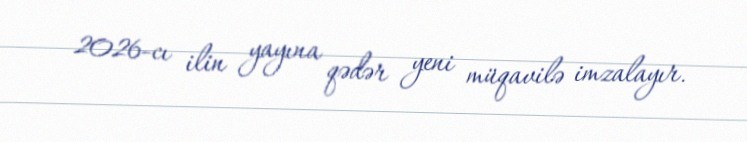
2026-cı ilin yayına qədər yeni müqavilə imzalayır.